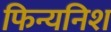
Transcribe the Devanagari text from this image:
फिन्यनिश